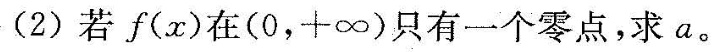
（2）若f(x)在（0，+\infty ）只有一个零点，求a。